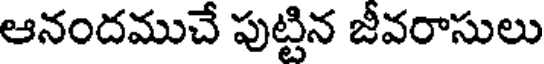
ఆనందముచే పుట్టిన జీవరాసులు